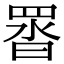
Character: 䍝